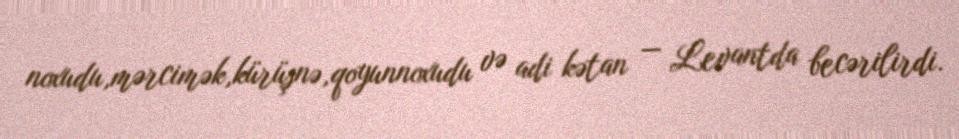
noxudu,mərcimək,kürüşnə,qoyunnoxudu və adi kətan — Levantda becərilirdi.